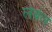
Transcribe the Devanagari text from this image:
लेबेल